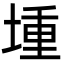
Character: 堹